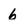
Character: 6